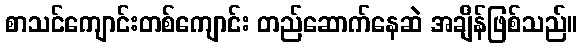
စာသင်ကျောင်းတစ်ကျောင်း တည်ဆောက်နေဆဲ အချိန်ဖြစ်သည်။